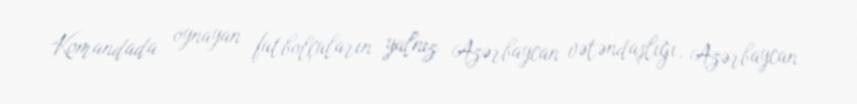
Komandada oynayan futbolçuların yalnız Azərbaycan vətəndaşlığı, Azərbaycan